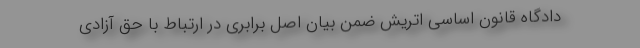
دادگاه قانون اساسی اتریش ضمن بیان اصل برابری در ارتباط با حق آزادی